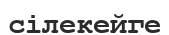
сілекейге